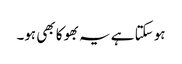
ہو سکتا ہے یہ بھوکا بھی ہو۔